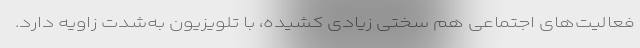
فعالیت‌های اجتماعی هم سختی زیادی کشیده، با تلویزیون به‌شدت زاویه دارد.